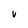
Character: v